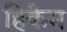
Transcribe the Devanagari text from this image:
हिकैम